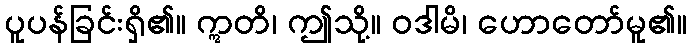
ပူပန်ခြင်းရှိ၏။ ဣတိ၊ ဤသို့။ ဝဒါမိ၊ ဟောတော်မူ၏။